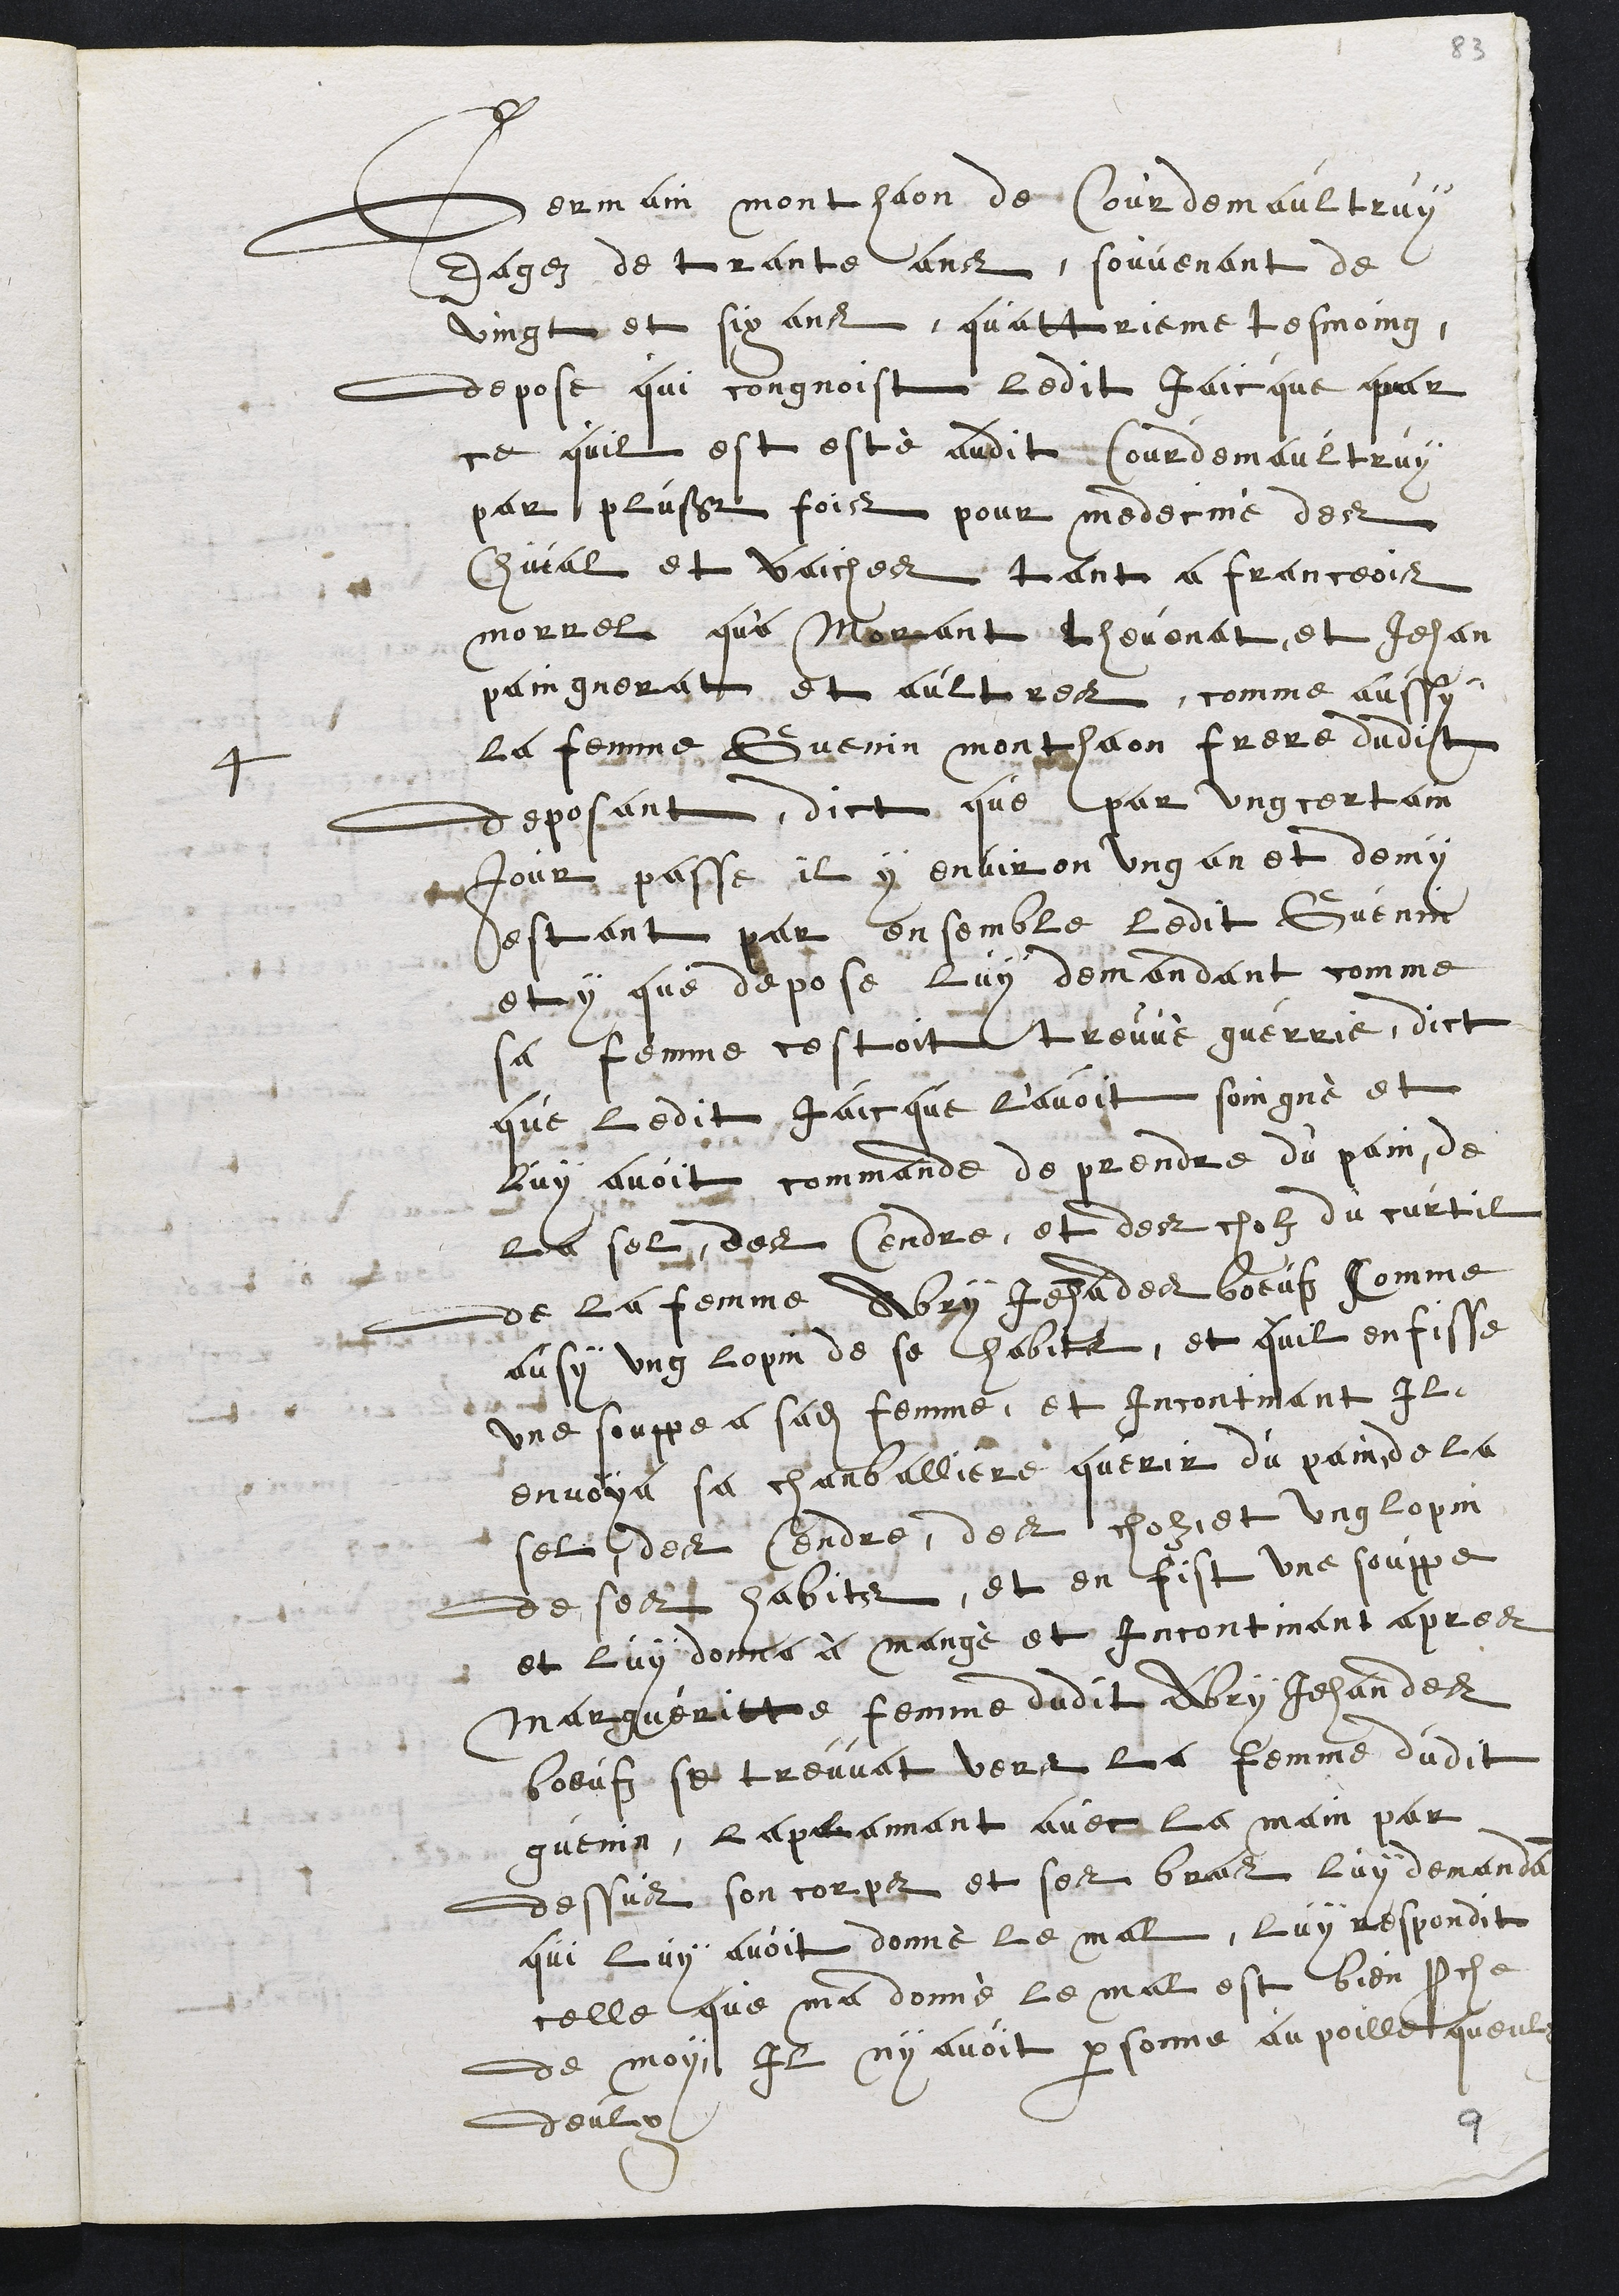
4
Germain monthaon de Courdemaultruy
Eagez de trante ans, souvenant de
vingt et six ans, quattrieme tesmoing,
depose qui congnoist ledit Jaicque par
ce quil est esté audit Courdemaultruy
par plusieurs fois pour medecine des
chival et vaiches tant a franceois
morrel que Morant thevenat, et Jehan
paingnerat et aultres, comme aussy
la femme Guenin menthaon frere dudit
deposant, dict que par ung certain
jour passé il y environ ung an et demy
estant par ensemble ledit Guenin
et y que depose luy demandant comme
sa femme cestoit treuvé guerrie, dict
que ledit Jaicque l'avoit soingné et
luy avoit commande de prendre du pain, de
la sel, des Cendre, et des cholz du curtil
de la femme Abry Jehan des boeufz Comme
aussy ung lopin de se habits, et quil enfisse
une souppe a sadite femme, et incontinant Il
envoya sa chanballiere querir du pain, de la
sel, des Cendre, des cholz, et ung lopin
de ses habits, et en fist une souppe,
et luy donna à mangé et incontinant apres
Margueritte femme dudit Abry Jehan des
boeufz, se treuvat vers la femme dudit
guenin, laplannant avec la main par
dessus son corps et ses bras luy demandant
qui luy avoit donné le mal, luy respondit
celle que ma donné le mal est bien proche
de moy, Il ny avoit personne au poille queulx
deulx
9